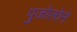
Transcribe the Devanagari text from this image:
पुजोलोने